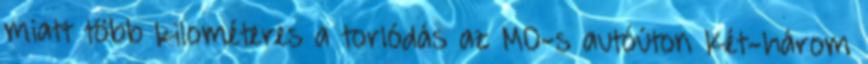
miatt több kilométeres a torlódás az M0-s autóúton Két-három